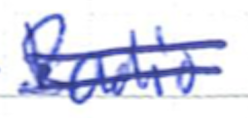
Text: Radio
Cross-out: double-line
Writing tool: ballpoint